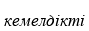
кемелдікті